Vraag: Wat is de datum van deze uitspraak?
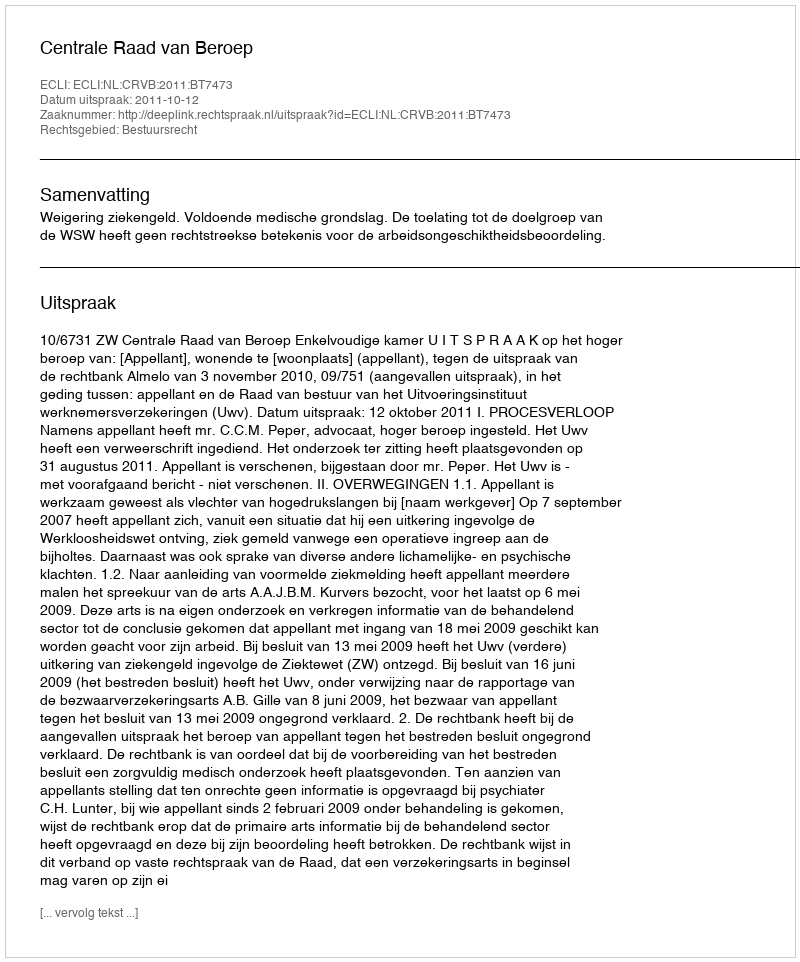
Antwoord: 2011-10-12